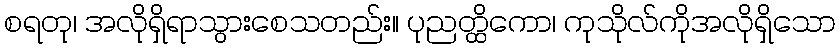
စရတု၊ အလိုရှိရာသွားစေသတည်း။ ပုညတ္ထိကော၊ ကုသိုလ်ကိုအလိုရှိသော